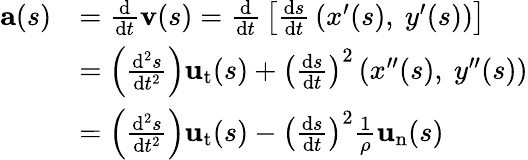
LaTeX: {\begin{array}{rl}{\mathbf{a}(s)}&{={\frac{\mathrm{d}}{\mathrm{d}t}}\mathbf{v}(s)={\frac{\mathrm{d}}{\mathrm{d}t}}\left[{\frac{\mathrm{d}s}{\mathrm{d}t}}\left(x^{\prime}(s),\ y^{\prime}(s)\right)\right]}\\ &{=\left({\frac{\mathrm{d}^{2}s}{\mathrm{d}t^{2}}}\right)\mathbf{u}_{\mathrm{t}}(s)+\left({\frac{\mathrm{d}s}{\mathrm{d}t}}\right)^{2}\left(x^{\prime\prime}(s),\ y^{\prime\prime}(s)\right)}\\ &{=\left({\frac{\mathrm{d}^{2}s}{\mathrm{d}t^{2}}}\right)\mathbf{u}_{\mathrm{t}}(s)-\left({\frac{\mathrm{d}s}{\mathrm{d}t}}\right)^{2}{\frac{1}{\rho}}\mathbf{u}_{\mathrm{n}}(s)}\end{array}}